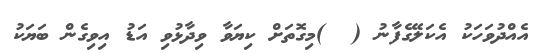
އެއްދުވަހަކު އެކަލޭގެފާނު (  )މިގޮތަށް ކިޔަވާ ވިދާޅުވި އަޑު އިވިގެން ބަޔަކު